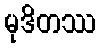
မုဒိတဿ